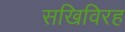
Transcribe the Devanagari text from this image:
सखिविरह